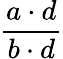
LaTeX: \frac{a\cdot d}{b\cdot d}